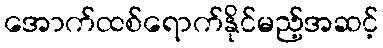
အောက်ထစ်ရောက်နိုင်မည့်အဆင့်